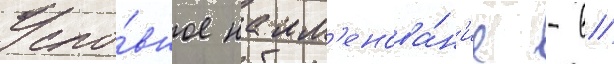
Усло́вное наим'енова́н'ие - в/